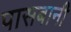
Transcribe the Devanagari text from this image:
पासबानी